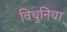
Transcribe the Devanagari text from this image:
विथुनिया